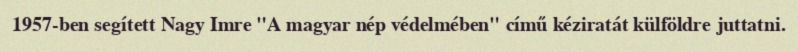
1957-ben segített Nagy Imre "A magyar nép védelmében" című kéziratát külföldre juttatni.